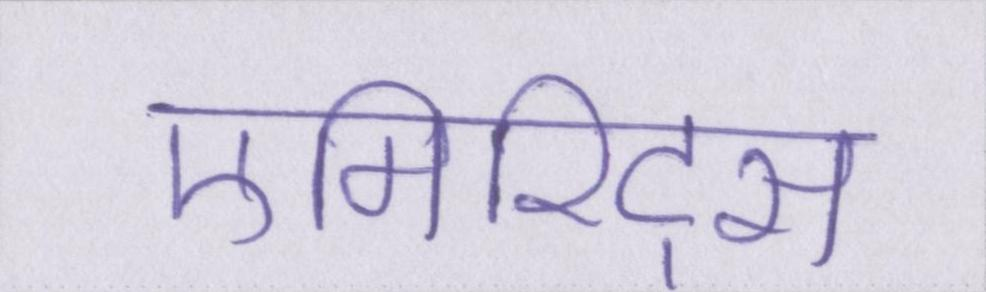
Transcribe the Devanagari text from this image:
एमिरिट्स